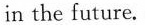
in the future.